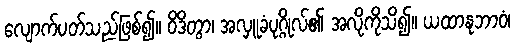
လျောက်ပတ်သည်ဖြစ်၍။ ဝိဒိတွာ၊ အလှူခံပုဂ္ဂိုလ်၏ အလိုကိုသိ၍။ ယထာနုဘာဝံ၊